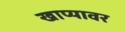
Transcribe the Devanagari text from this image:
खाप्यावर